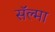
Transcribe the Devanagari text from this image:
सॅल्मा